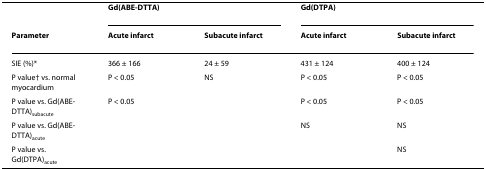
<table><thead><tr><td></td><td colspan="2"><b>Gd(ABE-DTTA)</b></td><td colspan="2"><b>Gd(DTPA)</b></td></tr><tr><td><b>Parameter</b></td><td><b>Acute infarct</b></td><td><b>Subacute infarct</b></td><td><b>Acute infarct</b></td><td><b>Subacute infarct</b></td></tr></thead><tbody><tr><td>SIE (%)*</td><td>366 ± 166</td><td>24 ± 59</td><td>431 ± 124</td><td>400 ± 124</td></tr><tr><td>P value† vs. normal myocardium</td><td>P &lt; 0.05</td><td>NS</td><td>P &lt; 0.05</td><td>P &lt; 0.05</td></tr><tr><td>P value vs. Gd(ABE-DTTA)<sub>subacute</sub></td><td>P &lt; 0.05</td><td></td><td>P &lt; 0.05</td><td>P &lt; 0.05</td></tr><tr><td>P value vs. Gd(ABE-DTTA)<sub>acute</sub></td><td></td><td></td><td>NS</td><td>NS</td></tr><tr><td>P value vs. Gd(DTPA)<sub>acute</sub></td><td></td><td></td><td></td><td>NS</td></tr></tbody></table>